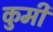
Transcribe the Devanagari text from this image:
कुमी